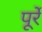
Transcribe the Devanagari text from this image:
पूर्रे